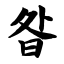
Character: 昝